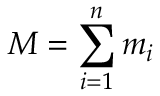
M = \sum _ { i = 1 } ^ { n } m _ { i }